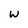
Character: w